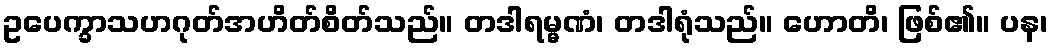
ဥပေက္ခာသဟဂုတ်အဟိတ်စိတ်သည်။ တဒါရမ္မဏံ၊ တဒါရုံသည်။ ဟောတိ၊ ဖြစ်၏။ ပန၊